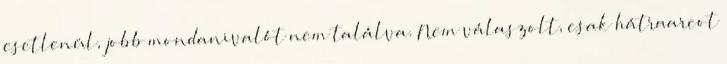
esetlenül, jobb mondanivalót nem találva. Nem válaszolt, csak hátraarcot